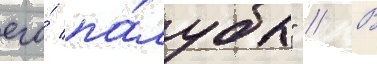
его́ па́лубы" // В